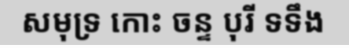
សមុទ្រ កោះ ចន្ទ បុរី ទទឹង